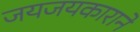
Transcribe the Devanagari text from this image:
जयजयकाराने